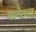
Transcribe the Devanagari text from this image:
क्लैवस